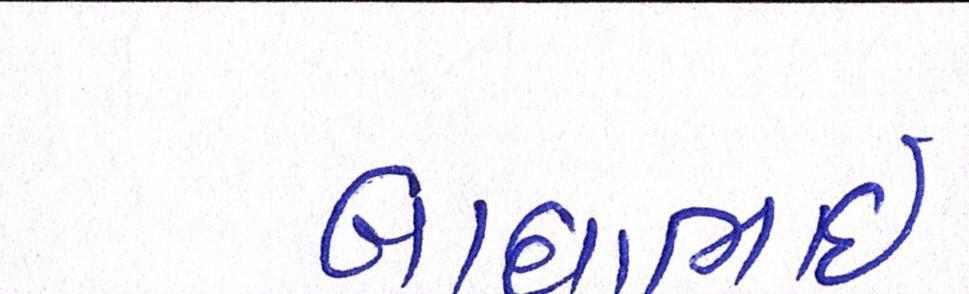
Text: બાઘાભાઇ